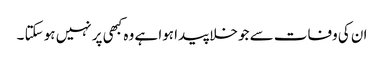
ان کی وفات سے جو خلا پیدا ہوا ہے وہ کبھی پر نہیں ہو سکتا ۔